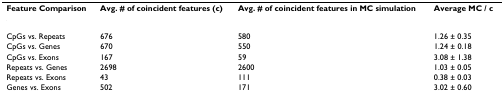
| Feature Comparison | Avg. # of coincident features (c) | Avg. # of coincident features in MC simulation | Average MC / c |
 | --- | --- | --- | --- |
 | CpGs vs. Repeats | 676 | 580 | 1.26 ± 0.35 |
 | CpGs vs. Genes | 670 | 550 | 1.24 ± 0.18 |
 | CpGs vs. Exons | 167 | 59 | 3.08 ± 1.38 |
 | Repeats vs. Genes | 2698 | 2600 | 1.03 ± 0.05 |
 | Repeats vs. Exons | 43 | 111 | 0.38 ± 0.03 |
 | Genes vs. Exons | 502 | 171 | 3.02 ± 0.60 |